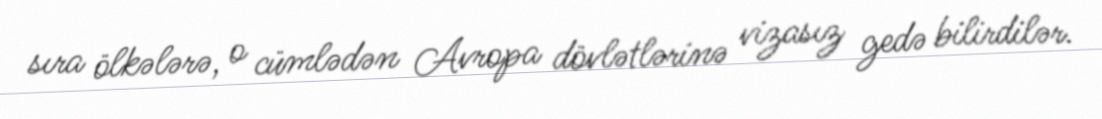
sıra ölkələrə, o cümlədən Avropa dövlətlərinə vizasız gedə bilirdilər.